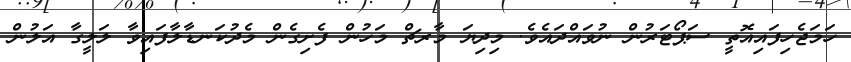
ހަމަޖެހިފައިއޮތީ ސަޕޯޓަރުން ނުވައްދައެވެ. މިދިޔަ މާރޗް މަހުން ފެށިގެން މެދުކަނޑާލާފައިވާ ލަލީގާ އަލުން